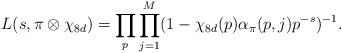
LaTeX: \begin{align*} L(s, \pi \otimes \chi_{8d})=\prod_p\prod^M_{j=1}(1-\chi_{8d}(p)\alpha_{\pi}(p, j)p^{-s})^{-1}.\end{align*}